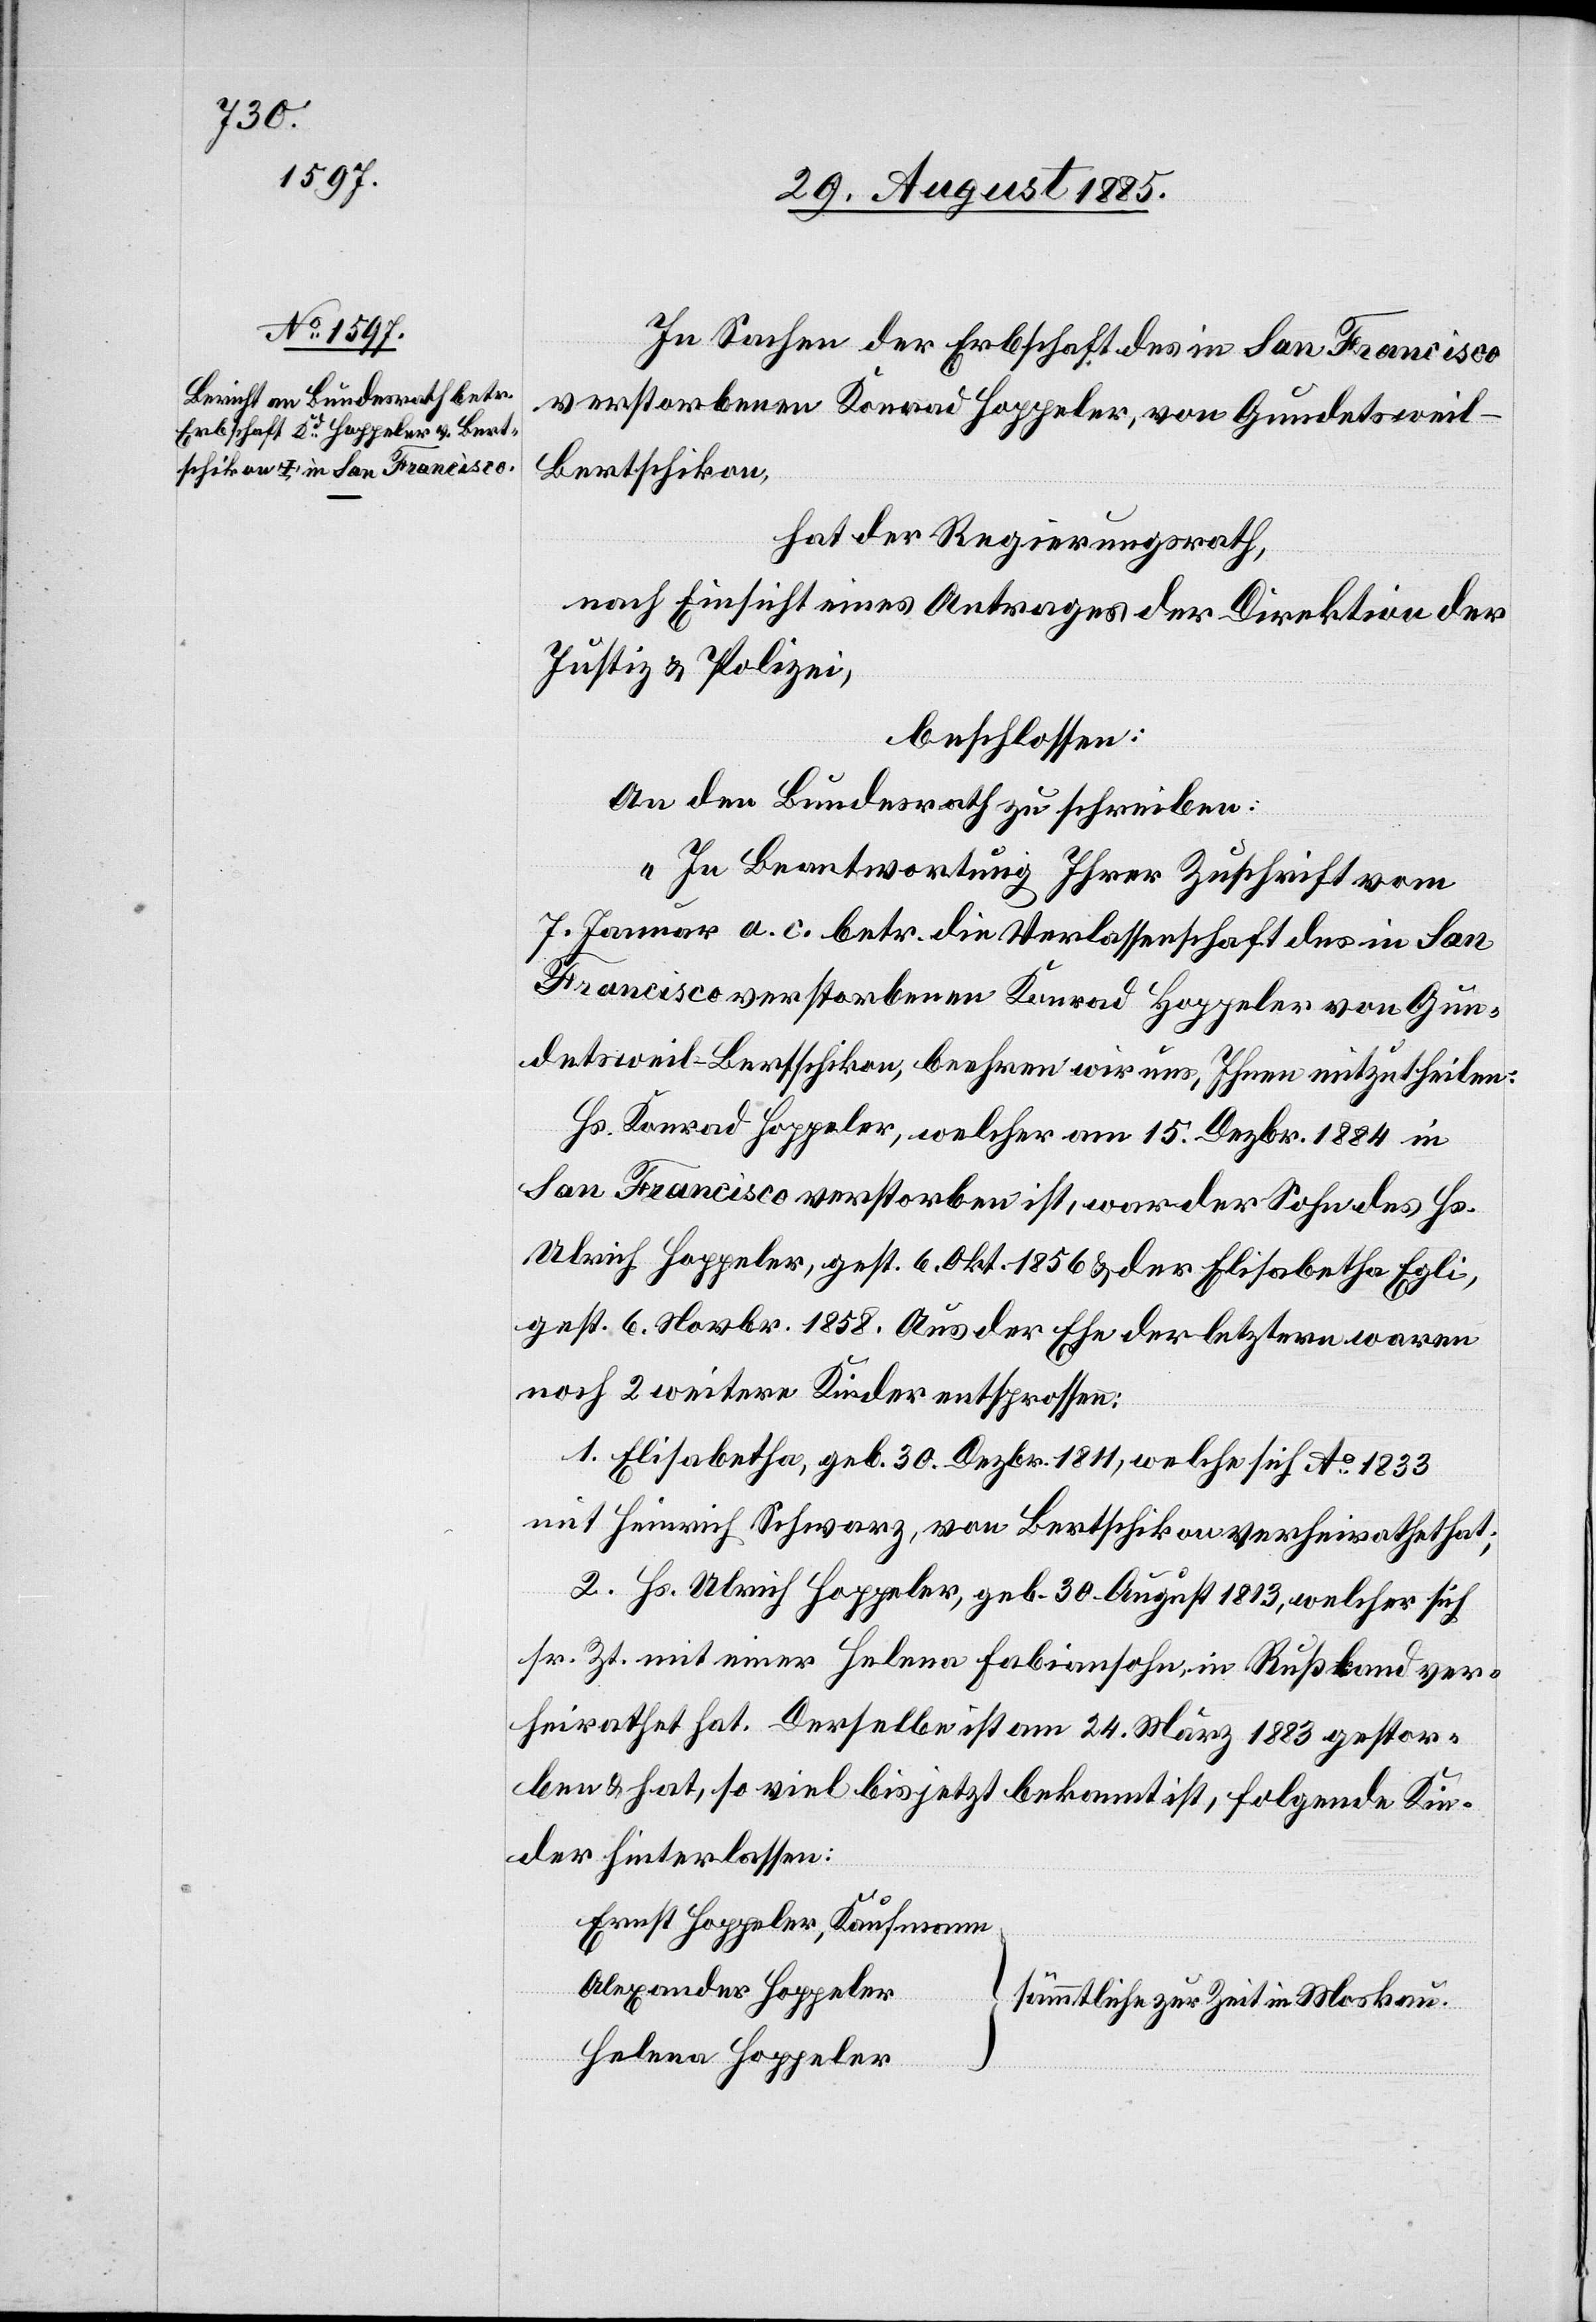
In Sachen der Erbschaft des in San Francisco
verstorbenen Konrad Hoppeler, von Gundetsweil
Bertschikon,
hat der Regierungsrath,
nach Einsicht eines Antrages der Direktion der
Justiz & Polizei,
beschlossen:
An den Bundesrath zu schreiben:
„In Beantwortung Ihrer Zuschrift vom
7. Januar a. c. betr. die Verlassenschaft des in San
Francisco verstorbenen Konrad Hoppeler von Gun¬
detsweil - Bertschikon, beehren wir uns, Ihnen mitzutheilen:
Hs. Konrad Hoppeler, welcher am 15. Dezbr. 1884 in
San Francisco verstorben ist, war der Sohn des Hs.
Ulrich Hoppeler, gest. 6. Okt. 1856 & der Elisabetha Egli,
gest. 6. Novbr. 1858. Aus der Ehe der letztern waren
noch 2 weitere Kinder entsprossen:
1. Elisabetha, geb. 30. Dezbr. 1811, welche sich Ao 1833
mit Heinrich Schwarz, von Bertschikon verheirathet hat;
2. Hs. Ulrich Hoppeler, geb. 30. August 1813, welcher sich
sr. Zt. mit einer Helena Fabiansohn, in Rußland ver¬
heirathet hat. Derselbe ist am 24. März 1883 gestor¬
ben & hat, so viel bis jetzt bekannt ist, folgende Kin¬
der hinterlassen:
Ernst Hoppeler, Kaufmann
Alexander Hoppeler
sämmtliche zur Zeit in Moskau.
Helena Hoppeler